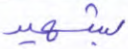
بشهيد